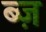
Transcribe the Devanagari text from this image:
ब्ज़